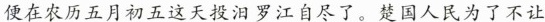
便在农历五月初五这天投汨罗江自尽了。楚国人民为了不让